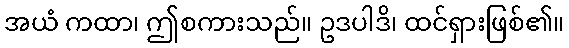
အယံ ကထာ၊ ဤစကားသည်။ ဥဒပါဒိ၊ ထင်ရှားဖြစ်၏။